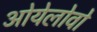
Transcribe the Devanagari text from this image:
ओयेलोवो